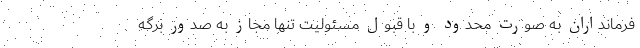
فرمانداران به صورت محدود و با قبول مسئولیت تنها مجاز به صدور برگه